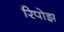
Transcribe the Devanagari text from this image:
रिपोझ